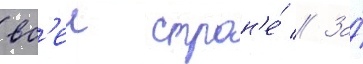
вс'еи стран'е́ // За́